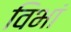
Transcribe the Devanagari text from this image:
विभां